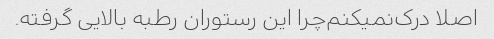
اصلا درک‌نمیکنم‌چرا این رستوران رطبه بالایی گرفته.